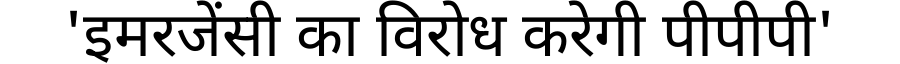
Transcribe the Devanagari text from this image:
'इमरजेंसी का विरोध करेगी पीपीपी'